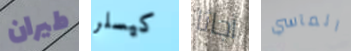
طيران كيسلر أجاثا المآسي